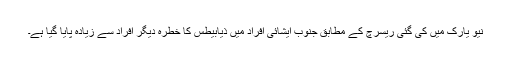
نیو یارک میں‌ کی گئی ریسرچ کے مطابق جنوب ایشائی افراد میں ذیابیطس کا خطرہ دیگر افراد سے زیادہ پایا گیا ہے۔